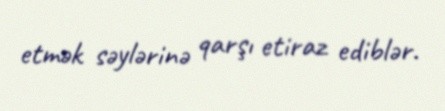
etmək səylərinə qarşı etiraz ediblər.